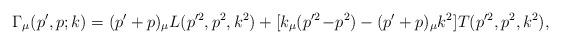
LaTeX: \begin{align*}\Gamma_\mu(p',p;k)=(p'+p)_\mu L(p'^2,p^2,k^2) + [k_\mu(p'^2\!-\!p^2)-(p'+p)_\mu k^2] T(p'^2,p^2,k^2),\end{align*}